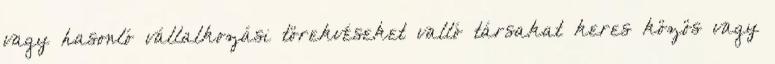
vagy hasonló vállalkozási törekvéseket valló társakat keres közös vagy